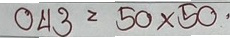
043 = 50x50